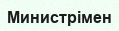
Министрімен